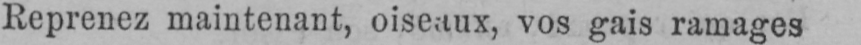
Reprenez maintenant, oiseaux, vos gais ramages